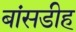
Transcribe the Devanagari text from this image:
बांसडीह